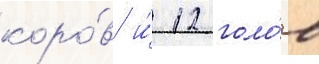
коро́в и́ 12 голо́в